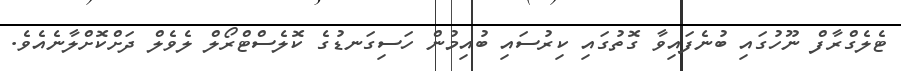
ޓެލެގްރާފް ނޫހުގައި ބުނެފައިވާ ގޮތުގައި ކިރުސައި ބުއިމުން ހަސިގަނޑުގެ ކޮލެސްޓްރޯލް ލެވެލް ދަށްކޮށްލާނެއެވެ.